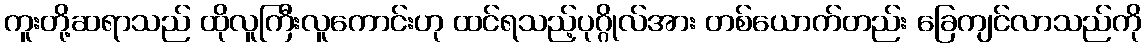
ကူးတို့ဆရာသည် ထိုလူကြီးလူကောင်းဟု ထင်ရသည့်ပုဂ္ဂိုလ်အား တစ်ယောက်တည်း ခြေကျင်လာသည်ကို